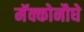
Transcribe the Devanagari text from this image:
मॅक्कोनौघे